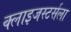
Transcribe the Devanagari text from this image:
क्लाइजस्टर्सला